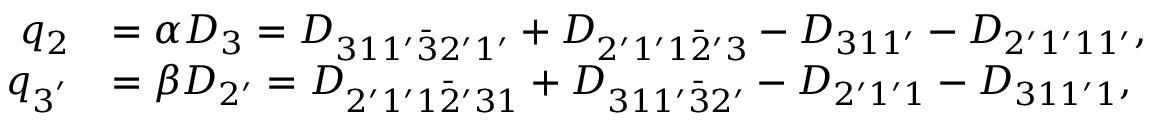
\begin{array} { r l } { q _ { 2 } } & { = \alpha { D _ { 3 } } = { D _ { 3 1 1 ^ { \prime } \bar { 3 } 2 ^ { \prime } 1 ^ { \prime } } } + { D _ { 2 ^ { \prime } 1 ^ { \prime } 1 \bar { 2 } ^ { \prime } 3 } } - { D _ { 3 1 1 ^ { \prime } } } - { D _ { 2 ^ { \prime } 1 ^ { \prime } 1 1 ^ { \prime } } } , } \\ { q _ { 3 ^ { ' } } } & { = \beta { D _ { 2 ^ { \prime } } } = { D _ { 2 ^ { \prime } 1 ^ { \prime } 1 \bar { 2 } ^ { \prime } 3 1 } } + { D _ { 3 1 1 ^ { \prime } \bar { 3 } 2 ^ { \prime } } } - { D _ { 2 ^ { \prime } 1 ^ { \prime } 1 } } - { D _ { 3 1 1 ^ { \prime } 1 } } , } \end{array}